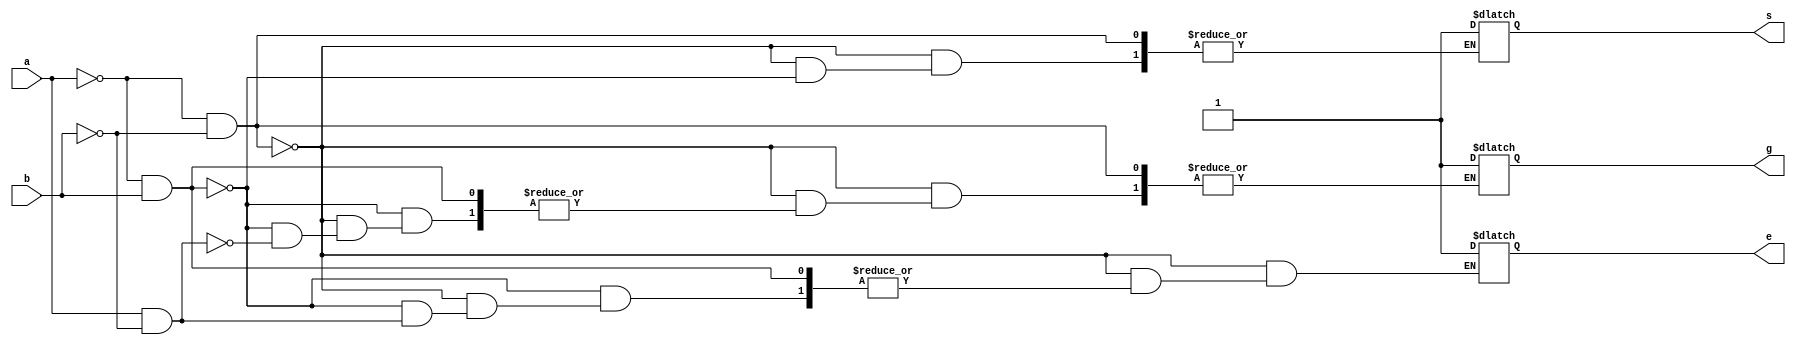
module comparator(input a,
                 input b,
                 output g,
                 output s,
                  output e);

  always@ (a,b)
    begin
      if(a==0 & b==0)
        e=1;
      else if(a==0 & b==1 )
      s=1;
      else if (a ==1 & b==0)
        g=1;
      else
      e=1;
    end
endmodule